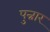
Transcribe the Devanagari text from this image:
पुन्नार